Lunatic asylums Central Provinces reports 1874-1885 - 1874-1885
Year: 1874
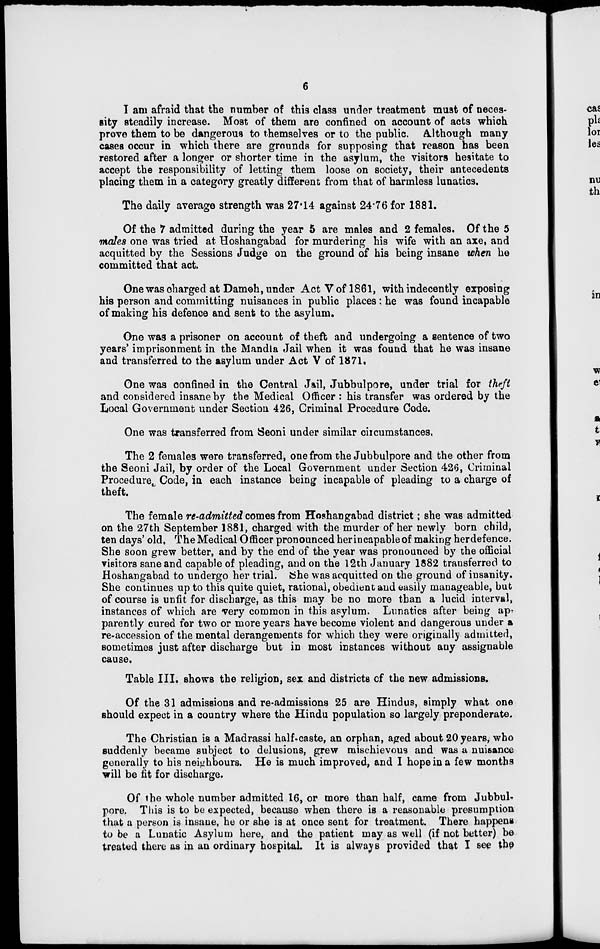
6
I am afraid that the number of this class under treatment must of neces-
sity steadily increase. Most of them are confined on account of acts which
prove them to be dangerous to themselves or to the public. Although many
cases occur in which there are grounds for supposing that reason has been
restored after a longer or shorter time in the asylum, the visitors hesitate to
accept the responsibility of letting them loose on society, their antecedents
placing them in a category greatly different from that of harmless lunatics.
The daily average strength was 27.14 against 24.76 for 1881.
Of the 7 admitted during the year 5 are males and 2 females. Of the 5
males one was tried at Hoshangabad for murdering his wife with an axe, and
acquitted by the Sessions Judge on the ground of his being insane when he
committed that act.
One was charged at Damoh, under Act V of 1861, with indecently exposing
his person and committing nuisances in public places : he was found incapable
of making his defence and sent to the asylum.
One was a prisoner on account of theft and undergoing a sentence of two
years' imprisonment in the Mandla Jail when it was found that he was insane
and transferred to the asylum under Act V of 1871,
One was confined in the Central Jail, Jubbulpore, under trial for theft
and considered insane by the Medical Officer : his transfer was ordered by the
Local Government under Section 426, Criminal Procedure Code.
One was transferred from Seoni under similar circumstances.
The 2 females were transferred, one from the Jubbulpore and the other from
the Seoni Jail, by order of the Local Government under Section 426, Criminal
Procedure Code, in each instance being incapable of pleading to a charge of
theft.
The female re-admitted comes from Hoshangabad district ; she was admitted
on the 27th September 1881, charged with the murder of her newly born child,
ten days' old. The Medical Officer pronounced her incapable of making her defence.
She soon grew better, and by the end of the year was pronounced by the official
visitors sane and capable of pleading, and on the 12th January 1882 transferred to
Hoshangabad to undergo her trial. She was acquitted on the ground of insanity.
She continues up to this quite quiet, rational, obedient and easily manageable, but
of course is unfit for discharge, as this may be no more than a lucid interval,
instances of which are very common in this asylum. Lunatics after being ap-
parently cured for two or more years have become violent and dangerous under a
re-accession of the mental derangements for which they were originally admitted,
sometimes just after discharge but in most instances without any assignable
cause.
Table III. shows the religion, sex and districts of the new admissions.
Of the 31 admissions and re-admissions 25 are Hindus, simply what one
should expect in a country where the Hindu population so largely preponderate.
The Christian is a Madrassi half-caste, an orphan, aged about 20 years, who
suddenly became subject to delusions, grew mischievous and was a nuisance
generally to his neighbours. He is much improved, and I hope in a few months
will be fit for discharge.
Of the whole number admitted 16, or more than half, came from Jubbul-
pore. This is to be expected, because when there is a reasonable presumption
that a person is insane, he or she is at once sent for treatment. There happens
to be a Lunatic Asylum here, and the patient may as well (if not better) be
treated there as in an ordinary hospital. It is always provided that I see the